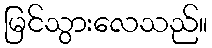
မြင်သွားလေသည်။